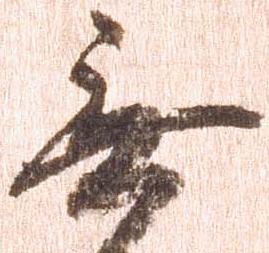
無